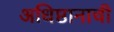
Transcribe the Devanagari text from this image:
अधिष्ठानाची